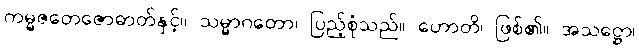
ကမ္မဇတေဇောဓာတ်နှင့်။ သမ္မာဂတော၊ ပြည့်စုံသည်။ ဟောတိ၊ ဖြစ်၏။ အသဋ္ဌော၊